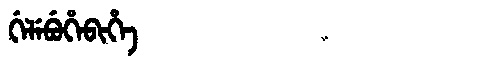
Manchu: ᡤᡝᠯᡝᠪᡠᡥᡝᠪᡳᡥᡝ
Romanization: GELEBUHEBIHE